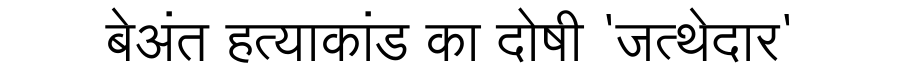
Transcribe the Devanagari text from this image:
बेअंत हत्याकांड का दोषी 'जत्थेदार'